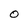
Character: 0